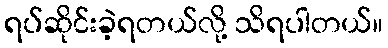
ရပ်ဆိုင်းခဲ့ရတယ်လို့ သိရပါတယ်။